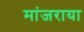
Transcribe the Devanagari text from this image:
मांजराया